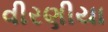
વીરણીયા